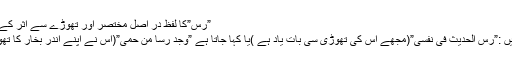
”رس”كا لفظ در اصل مختصر اور تھوڑے سے اثر كے معنى میں ہے
جیسے كہتے ہیں :”رس الحدیث فى نفسی”(مجھے اس كى تھوڑى سى بات یاد ہے )یا كہا جاتا ہے ”وجد رسا من حمی”(اس نے اپنے اندر بخار كا تھوڑا سا اثر پایا)۔